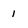
Character: i